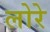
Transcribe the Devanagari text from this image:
लोरे